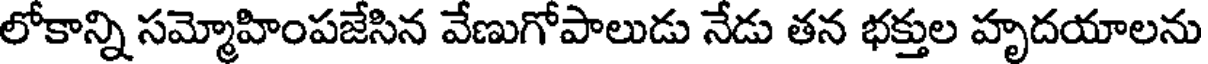
లోకాన్ని సమ్మోహింపజేసిన వేణుగోపాలుడు నేడు తన భక్తుల హృదయాలను